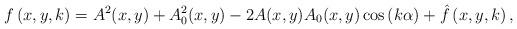
LaTeX: \begin{align*}f\left( x,y,k\right) =A^{2}(x,y)+A_{0}^{2}(x,y)-2A(x,y)A_{0}(x,y)\cos \left(k\alpha \right) +\hat{f}\left( x,y,k\right) , \end{align*}